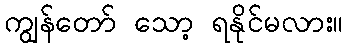
ကျွန်တော် သော့ ရနိုင်မလား။